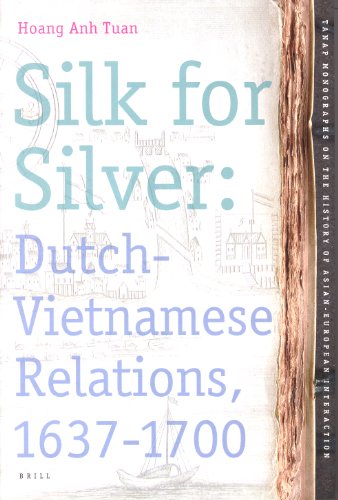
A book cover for Silk for Silver (Tanap Monographs on the History of Asian-European Interaction); Hoang Anh Tuan; History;